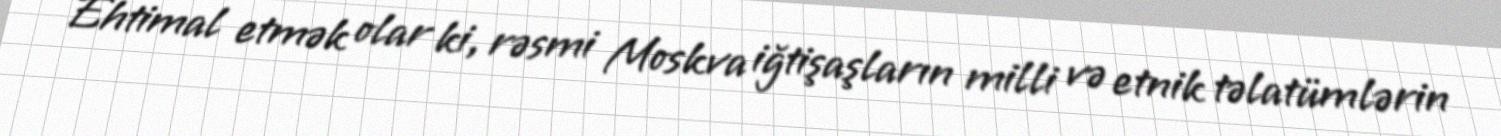
Ehtimal etmək olar ki, rəsmi Moskva iğtişaşların milli və etnik təlatümlərin